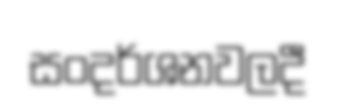
සංදර්ශනවලදී